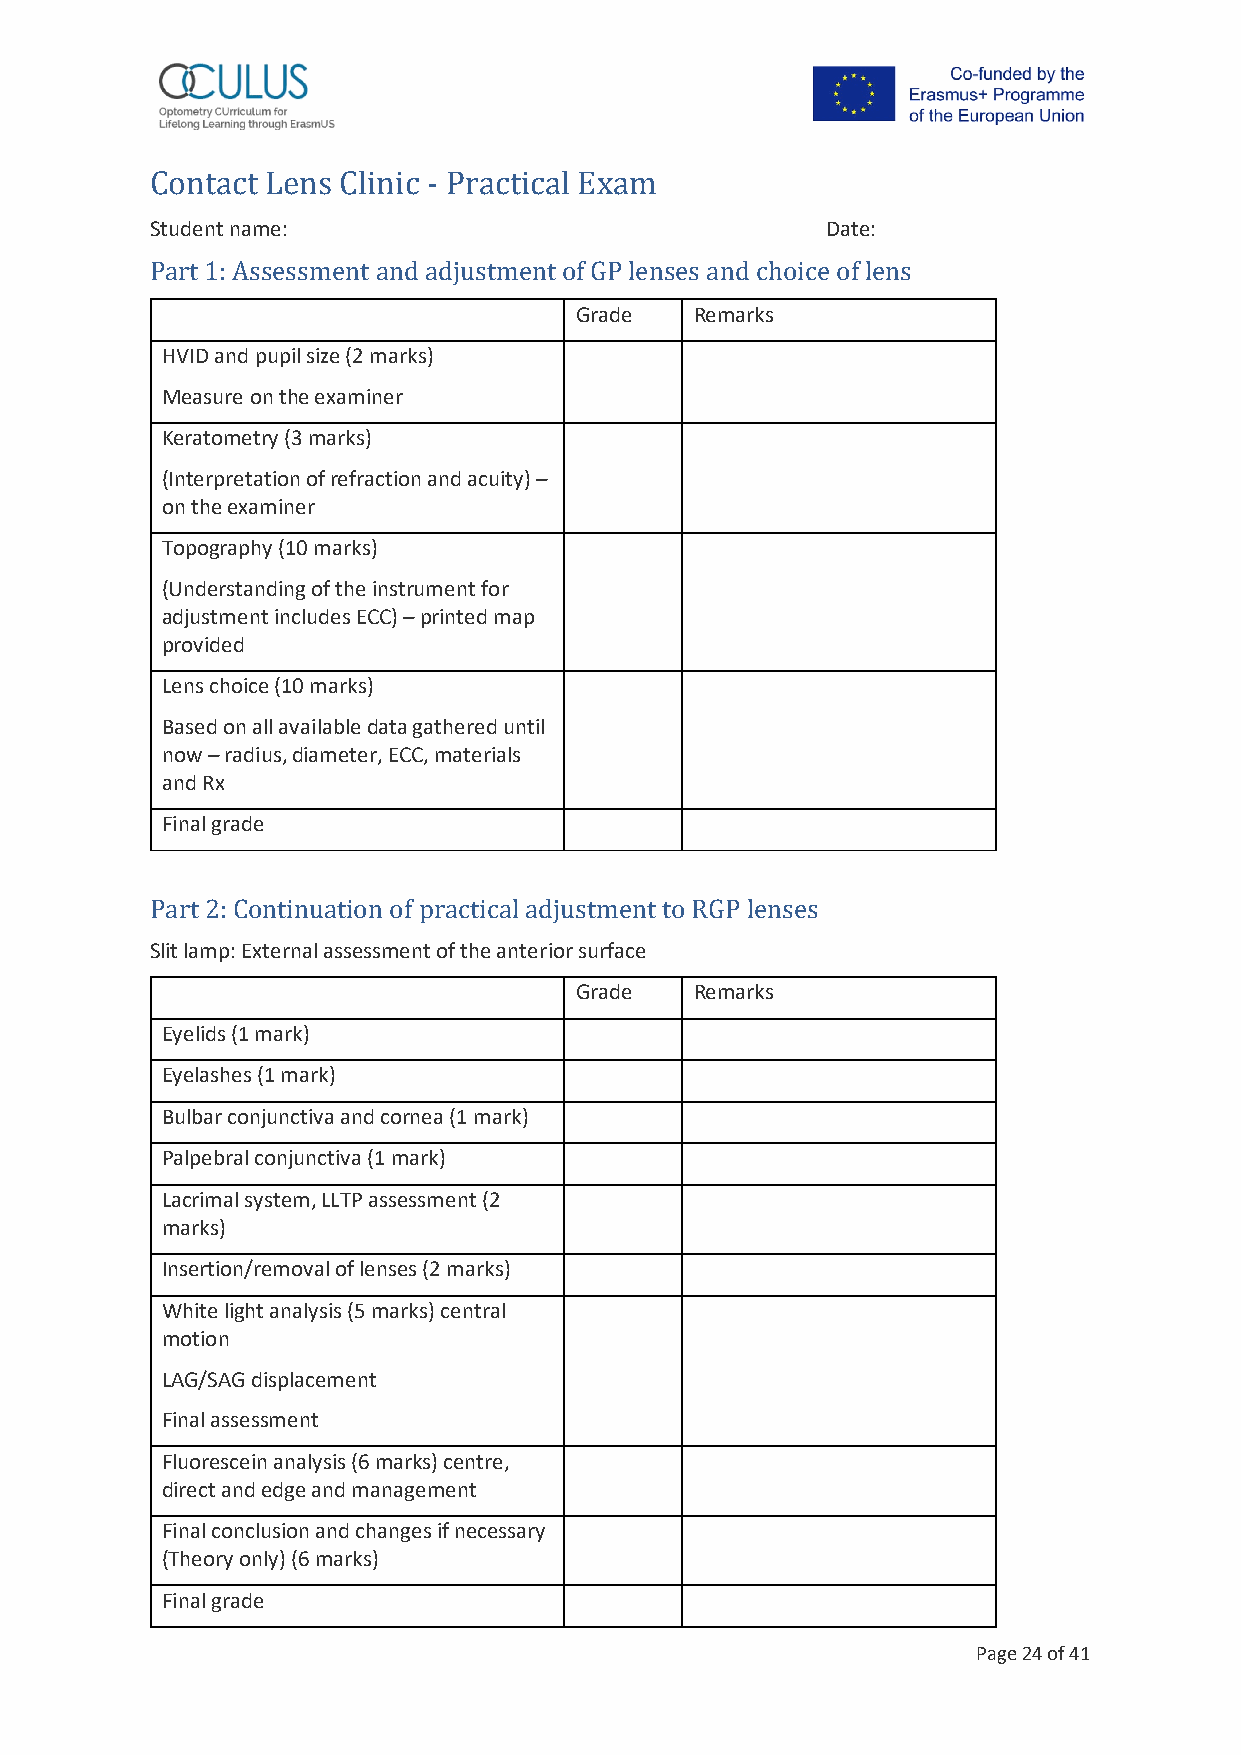
Student name:                                Date:
 Contact Lens Clinic - Practical Exam
 Grade   Remarks
 Part 1: Assessment and adjustment of GP lenses and choice of lens
 HVID and pupil size (2 marks)
 Measure on the examiner
 Keratometry (3 marks)
 (Interpretation of refraction and acuity) –
 on the examiner
 Topography (10 marks)
 (Understanding of the instrument for
 adjustment includes ECC) – printed map
 provided
 Lens choice (10 marks)
 Based on all available data gathered until
 now – radius, diameter, ECC, materials
 and Rx
 Final grade
 Slit lamp: External assessment of the anterior surface
 Part 2: Continuation of practical adjustment to RGP lenses
 Grade   Remarks
 Eyelids (1 mark)
 Eyelashes (1 mark)
 Bulbar conjunctiva and cornea (1 mark)
 Palpebral conjunctiva (1 mark)
 Lacrimal system, LLTP assessment (2
 marks)
 Insertion/removal of lenses (2 marks)
 White light analysis (5 marks) central
 motion
 LAG/SAG displacement
 Final assessment
 Fluorescein analysis (6 marks) centre,
 direct and edge and management
 Final conclusion and changes if necessary
 (Theory only) (6 marks)
 Final grade
 Page 24 of 41